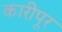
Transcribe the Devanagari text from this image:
कारीपूर